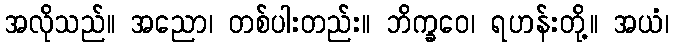
အလိုသည်။ အညော၊ တစ်ပါးတည်း။ ဘိက္ခဝေ၊ ရဟန်းတို့။ အယံ၊